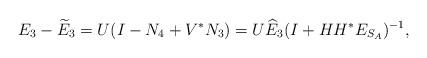
LaTeX: \begin{align*}E_{3}-\widetilde{E}_{3}=U(I-N_{4}+V^{\ast}N_{3})=U\widehat{E}_{3}(I+HH^{\ast}E_{S_{A}})^{-1},\end{align*}